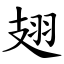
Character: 翅